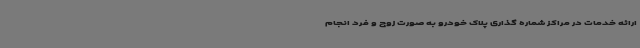
ارائه خدمات در مراکز شماره گذاری پلاک خودرو به صورت زوج و فرد انجام